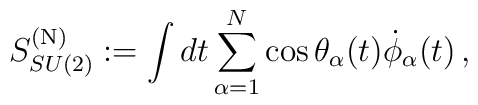
S^{({\rm N})}_{SU(2)} := \int dt \sum\limits^{N}_{\alpha=1} \cos \theta_{\alpha}(t) \dot{\phi}_{\alpha} (t)\, ,